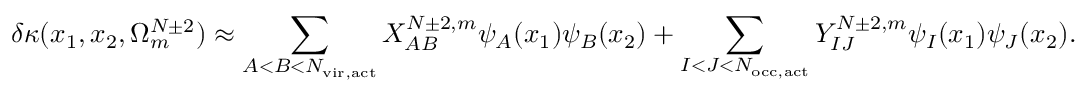
\delta \kappa ( x _ { 1 } , x _ { 2 } , \Omega _ { m } ^ { N \pm 2 } ) \approx \sum _ { A < B < N _ { \mathrm { v i r , a c t } } } X _ { A B } ^ { N \pm 2 , m } \psi _ { A } ( x _ { 1 } ) \psi _ { B } ( x _ { 2 } ) + \sum _ { I < J < N _ { \mathrm { o c c , a c t } } } Y _ { I J } ^ { N \pm 2 , m } \psi _ { I } ( x _ { 1 } ) \psi _ { J } ( x _ { 2 } ) .